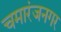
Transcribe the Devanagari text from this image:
चमारंजनगर